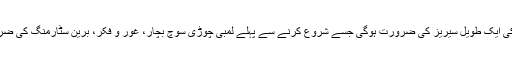
سرجریز کی ایک طویل سیریز کی ضرورت ہوگی جسے شروع کرنے سے پہلے لمبی چوڑی سوچ بچار، غور و فکر، برین سٹارمنگ کی ضرورت ہے۔